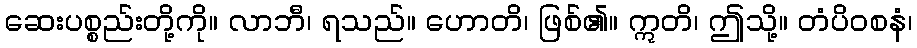
ဆေးပစ္စည်းတို့ကို။ လာဘီ၊ ရသည်။ ဟောတိ၊ ဖြစ်၏။ ဣတိ၊ ဤသို့။ တံပိဝစနံ၊